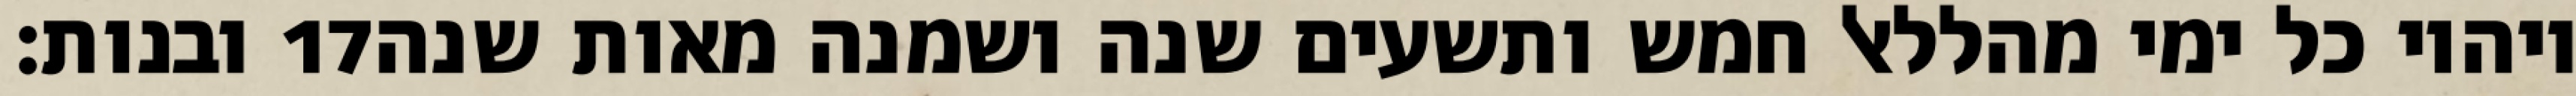
ובנות׃ ‎17‏ ויהיו כל ימי מהללאל חמש ותשעים שנה ושמנה מאות שנה